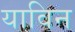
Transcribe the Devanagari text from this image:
याविन